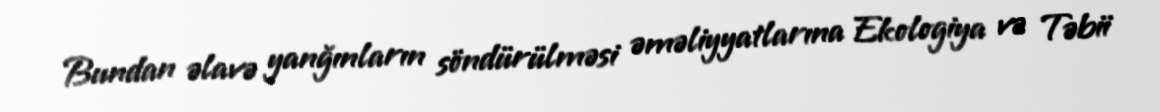
Bundan əlavə yanğınların söndürülməsi əməliyyatlarına Ekologiya və Təbii